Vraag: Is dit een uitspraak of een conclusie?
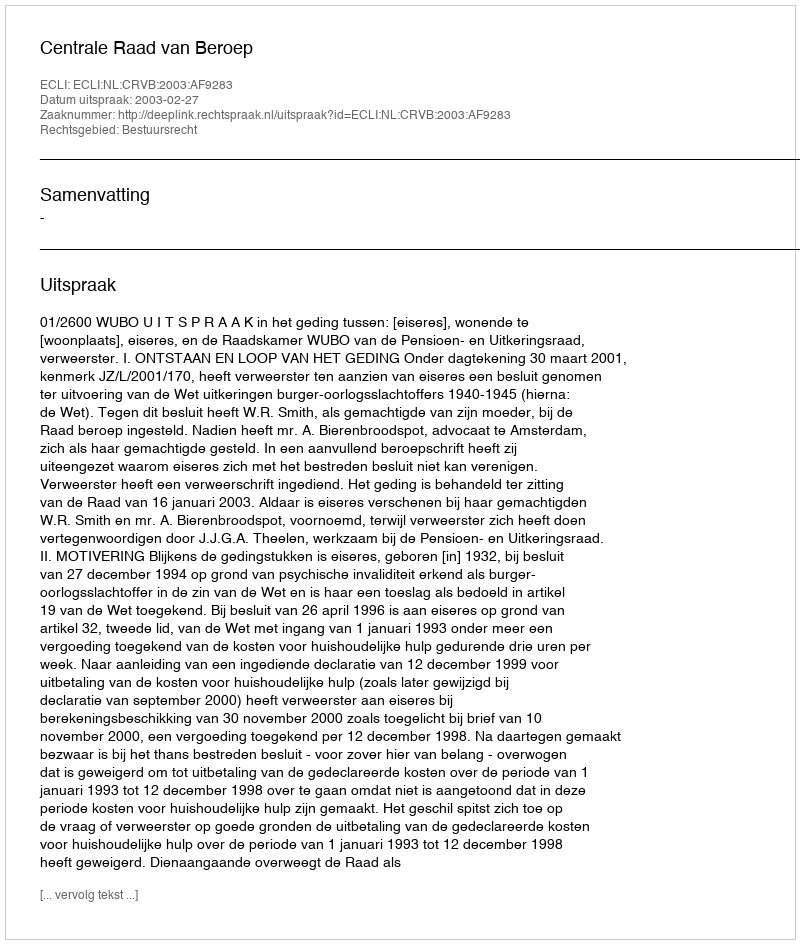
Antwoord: Uitspraak